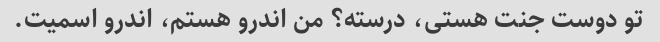
تو دوست جنت هستی، درسته؟ من اندرو هستم، اندرو اسمیت.